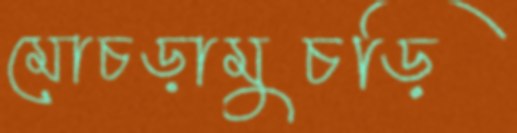
মোচড়ামুচড়ি